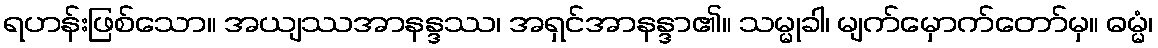
ရဟန်းဖြစ်သော။ အယျဿအာနန္ဒဿ၊ အရှင်အာနန္ဒာ၏။ သမ္မုခါ၊ မျက်မှောက်တော်မှ။ ဓမ္မံ၊